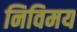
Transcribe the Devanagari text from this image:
निविमय